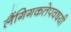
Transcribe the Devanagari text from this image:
लैंगिगकतेपवषयी